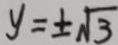
y = \pm \sqrt { 3 }